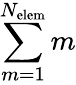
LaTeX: \sum_{m=1}^{N_{\mathrm{elem}}}m